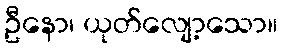
ဦနော၊ ယုတ်လျော့သော။